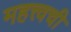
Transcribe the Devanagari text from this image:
महत्त्वची